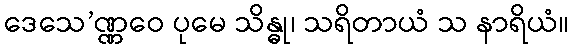
ဒေသေ’ဏ္ဏဝေ ပုမေ သိန္ဓု၊ သရိတာယံ သ နာရိယံ။